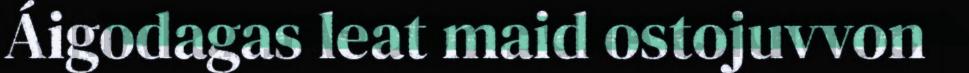
Áigodagas leat maid ostojuvvon